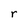
Character: r